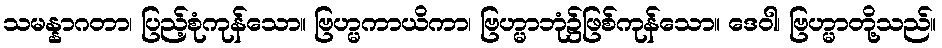
သမန္နာဂတာ၊ ပြည့်စုံကုန်သော။ ဗြဟ္မကာယိကာ၊ ဗြဟ္မာဘုံ၌ဖြစ်ကုန်သော။ ဒေဝါ၊ ဗြဟ္မာတို့သည်။